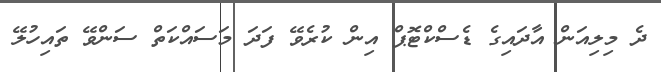
ދެ މިލިއަން އާދައިގެ ޑެސްކްޓޮޕް އިން ކުރެވޭ ފަދަ މަސައްކަތް ސަންވޭ ތައިހުލޭ